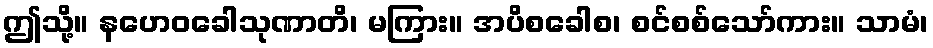
ဤသို့။ နဟေဝခေါသုဏာတိ၊ မကြား။ အပိစခေါစ၊ စင်စစ်သော်ကား။ သာမံ၊